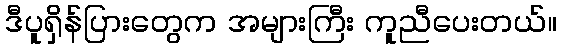
ဒီပူရှိန်ပြားတွေက အများကြီး ကူညီပေးတယ်။